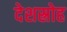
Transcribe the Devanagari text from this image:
देशस्रोह